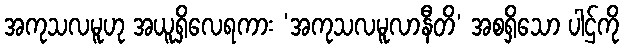
အကုသလမူဟု အယူရှိလေရကား ‘အကုသလမူလာနီတိ’ အစရှိသော ပါဌ်ကို